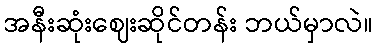
အနီးဆုံးဈေးဆိုင်တန်း ဘယ်မှာလဲ။